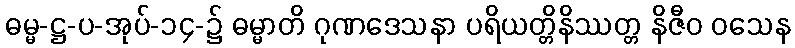
ဓမ္မ-ဋ္ဌ-ပ-အုပ်-၁၄-၌ ဓမ္မာတိ ဂုဏဒေသနာ ပရိယတ္တိနိဿတ္တ နိဇီဝ ဝသေန